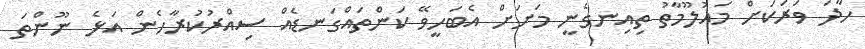
ހާދަ ވަރަކަށް މައުލޫމާތު ތިއިނގެނީ މަށަށް އެބަހީވޭ ކަންތައްގަނޑެއް ސިއްރުކުރާހެން އަޅެ ނޫންތަ